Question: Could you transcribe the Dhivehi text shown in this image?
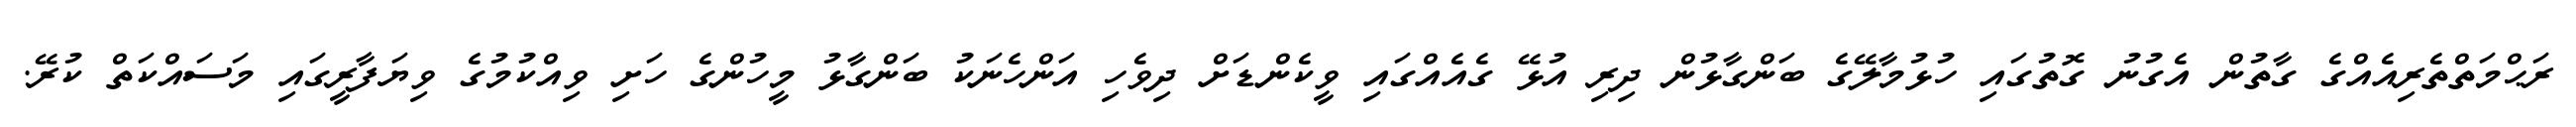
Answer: ރަޙްމަތްތެރިއެއްގެ ގާތުން އެގުނު ގޮތުގައި ހުޅުމާލޭގެ ބަންގާޅުން ދިރި އުޅޭ ގެއެއްގައި ވީކެންޑަށް ދިވެހި އަންހެނަކު ބަންގާޅު މީހުންގެ ހަށި ވިއްކުމުގެ ވިޔަފާރީގައި މަސައްކަތް ކުރޭ.